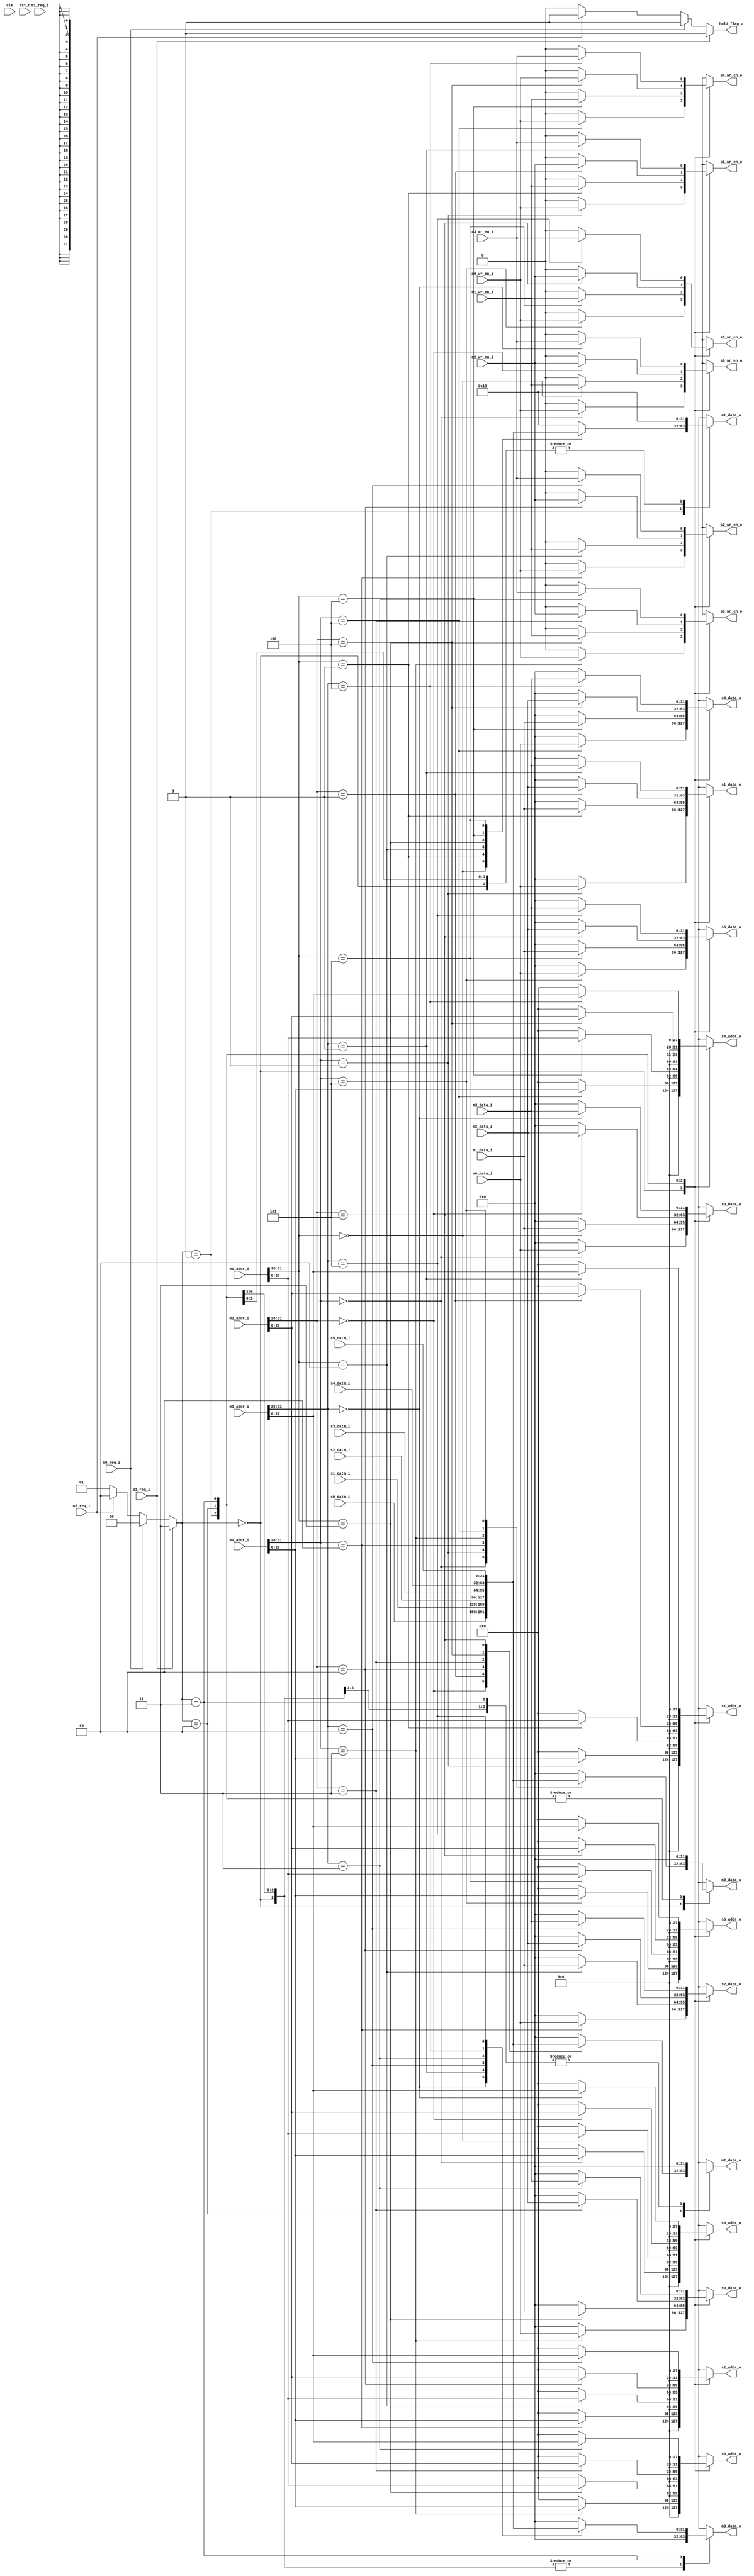
module rib(
input clk,
input rst_n,
input [31:0] m0_addr_i, //rib
input [31:0] m0_data_i,
output reg [31:0] m0_data_o,
input m0_req_i,
input m0_wr_en_i,

input [31:0] m1_addr_i, //pc
input [31:0] m1_data_i,
output reg [31:0] m1_data_o,
input m1_req_i,
input m1_wr_en_i,

input [31:0] m2_addr_i,  //jtag
input [31:0] m2_data_i,
output reg [31:0] m2_data_o,
input m2_req_i,
input m2_wr_en_i,

input [31:0] m3_addr_i,  //uart
input [31:0] m3_data_i,
output reg [31:0] m3_data_o,
input m3_req_i,
input m3_wr_en_i,

output reg [31:0] s0_addr_o, //ROM
output reg [31:0] s0_data_o,
input [31:0] s0_data_i,
output reg s0_wr_en_o,

output reg [31:0] s1_addr_o, //RAM
output reg [31:0] s1_data_o,
input [31:0] s1_data_i,
output reg s1_wr_en_o,

output reg [31:0] s2_addr_o, //timer
output reg [31:0] s2_data_o,
input [31:0] s2_data_i,
output reg s2_wr_en_o,

output reg [31:0] s3_addr_o, //uart
output reg [31:0] s3_data_o,
input [31:0] s3_data_i,
output reg s3_wr_en_o,

output reg [31:0] s4_addr_o, //gpio
output reg [31:0] s4_data_o,
input [31:0] s4_data_i,
output reg s4_wr_en_o,

output reg [31:0] s5_addr_o, //spi
output reg [31:0] s5_data_o,
input [31:0] s5_data_i,
output reg s5_wr_en_o,

output reg hold_flag_o
);

parameter [3:0] slave_0 = 4'b0000;
parameter [3:0] slave_1 = 4'b0001;
parameter [3:0] slave_2 = 4'b0010;
parameter [3:0] slave_3 = 4'b0011;
parameter [3:0] slave_4 = 4'b0100;
parameter [3:0] slave_5 = 4'b0101;

parameter [1:0] grant_0 = 2'b00;
parameter [1:0] grant_1 = 2'b01;
parameter [1:0] grant_2 = 2'b10;
parameter [1:0] grant_3 = 2'b11;
reg [1:0] grant;

always@(*) begin
	if(m3_req_i)begin
		grant = grant_3;
		hold_flag_o = 1;
	end else if(m0_req_i) begin
		grant = grant_0;
		hold_flag_o = 1;
	end else if(m2_req_i) begin
		grant = grant_2;
		hold_flag_o = 1;
	end else begin
		grant = grant_1;
		hold_flag_o = 0;
	end
end

always@(*) begin
	m0_data_o = 0;
	m1_data_o = 32'b10011;
	m2_data_o = 0;
	m3_data_o = 0;
	
	s0_addr_o = 0;
	s1_addr_o = 0;
	s2_addr_o = 0;
	s3_addr_o = 0;
	s4_addr_o = 0;
	s5_addr_o = 0;
	s0_data_o = 0;
	s1_data_o = 0;
	s2_data_o = 0;
	s3_data_o = 0;
	s4_data_o = 0;
	s5_data_o = 0;
	s0_wr_en_o = 0;
	s1_wr_en_o = 0;
	s2_wr_en_o = 0;
	s3_wr_en_o = 0;
	s4_wr_en_o = 0;
	s5_wr_en_o = 0;
	
	case(grant)
		grant_0:begin
			case(m0_addr_i[31:28]) //first four bits to check which slaver
				slave_0:begin
					s0_wr_en_o = m0_wr_en_i;
					s0_addr_o = {{4'b0},{m0_addr_i[27:0]}};
					s0_data_o = m0_data_i;
					m0_data_o = s0_data_i;
				end
				slave_1:begin
					s1_wr_en_o = m0_wr_en_i;
					s1_addr_o = {{4'b0},{m0_addr_i[27:0]}};
					s1_data_o = m0_data_i;
					m0_data_o = s1_data_i;
				end
				slave_2:begin
					s2_wr_en_o = m0_wr_en_i;
					s2_addr_o = {{4'b0},{m0_addr_i[27:0]}};
					s2_data_o = m0_data_i;
					m0_data_o = s2_data_i;
				end
				slave_3:begin
					s3_wr_en_o = m0_wr_en_i;
					s3_addr_o = {{4'b0},{m0_addr_i[27:0]}};
					s3_data_o = m0_data_i;
					m0_data_o = s3_data_i;
				end
				slave_4:begin
					s4_wr_en_o = m0_wr_en_i;
					s4_addr_o = {{4'b0},{m0_addr_i[27:0]}};
					s4_data_o = m0_data_i;
					m0_data_o = s4_data_i;
				end
				slave_5:begin
					s5_wr_en_o = m0_wr_en_i;
					s5_addr_o = {{4'b0},{m0_addr_i[27:0]}};
					s5_data_o = m0_data_i;
					m0_data_o = s5_data_i;
				end
				default:begin
				end
			endcase
		end
		grant_1:begin
			case(m1_addr_i[31:28]) 
				slave_0:begin
					s0_wr_en_o = m1_wr_en_i;
					s0_addr_o = {{4'b0},{m1_addr_i[27:0]}};
					s0_data_o = m1_data_i;
					m1_data_o = s0_data_i;
				end
				slave_1:begin
					s1_wr_en_o = m1_wr_en_i;
					s1_addr_o = {{4'b0},{m1_addr_i[27:0]}};
					s1_data_o = m1_data_i;
					m1_data_o = s1_data_i;
				end
				slave_2:begin
					s2_wr_en_o = m1_wr_en_i;
					s2_addr_o = {{4'b0},{m1_addr_i[27:0]}};
					s2_data_o = m1_data_i;
					m1_data_o = s2_data_i;
				end
				slave_3:begin
					s3_wr_en_o = m1_wr_en_i;
					s3_addr_o = {{4'b0},{m1_addr_i[27:0]}};
					s3_data_o = m1_data_i;
					m1_data_o = s3_data_i;
				end
				slave_4:begin
					s4_wr_en_o = m1_wr_en_i;
					s4_addr_o = {{4'b0},{m1_addr_i[27:0]}};
					s4_data_o = m1_data_i;
					m1_data_o = s4_data_i;
				end
				slave_5:begin
					s5_wr_en_o = m1_wr_en_i;
					s5_addr_o = {{4'b0},{m1_addr_i[27:0]}};
					s5_data_o = m1_data_i;
					m1_data_o = s5_data_i;
				end
				default:begin
				end
			endcase
		end
		grant_2:begin
			case(m2_addr_i[31:28]) 
				slave_0:begin
					s0_wr_en_o = m2_wr_en_i;
					s0_addr_o = {{4'b0},{m2_addr_i[27:0]}};
					s0_data_o = m2_data_i;
					m2_data_o = s0_data_i;
				end
				slave_1:begin
					s1_wr_en_o = m2_wr_en_i;
					s1_addr_o = {{4'b0},{m2_addr_i[27:0]}};
					s1_data_o = m2_data_i;
					m2_data_o = s1_data_i;
				end
				slave_2:begin
					s2_wr_en_o = m2_wr_en_i;
					s2_addr_o = {{4'b0},{m2_addr_i[27:0]}};
					s2_data_o = m2_data_i;
					m2_data_o = s2_data_i;
				end
				slave_3:begin
					s3_wr_en_o = m2_wr_en_i;
					s3_addr_o = {{4'b0},{m2_addr_i[27:0]}};
					s3_data_o = m2_data_i;
					m2_data_o = s3_data_i;
				end
				slave_4:begin
					s4_wr_en_o = m0_wr_en_i;
					s4_addr_o = {{4'b0},{m2_addr_i[27:0]}};
					s4_data_o = m2_data_i;
					m2_data_o = s4_data_i;
				end
				slave_5:begin
					s5_wr_en_o = m2_wr_en_i;
					s5_addr_o = {{4'b0},{m2_addr_i[27:0]}};
					s5_data_o = m2_data_i;
					m2_data_o = s5_data_i;
				end
				default:begin
				end
			endcase
		end
		grant_3:begin
			case(m3_addr_i[31:28]) 
				slave_0:begin
					s0_wr_en_o = m3_wr_en_i;
					s0_addr_o = {{4'b0},{m3_addr_i[27:0]}};
					s0_data_o = m3_data_i;
					m3_data_o = s0_data_i;
				end
				slave_1:begin
					s1_wr_en_o = m3_wr_en_i;
					s1_addr_o = {{4'b0},{m3_addr_i[27:0]}};
					s1_data_o = m3_data_i;
					m3_data_o = s1_data_i;
				end
				slave_2:begin
					s2_wr_en_o = m3_wr_en_i;
					s2_addr_o = {{4'b0},{m3_addr_i[27:0]}};
					s2_data_o = m3_data_i;
					m3_data_o = s2_data_i;
				end
				slave_3:begin
					s3_wr_en_o = m3_wr_en_i;
					s3_addr_o = {{4'b0},{m3_addr_i[27:0]}};
					s3_data_o = m3_data_i;
					m3_data_o = s3_data_i;
				end
				slave_4:begin
					s4_wr_en_o = m3_wr_en_i;
					s4_addr_o = {{4'b0},{m3_addr_i[27:0]}};
					s4_data_o = m3_data_i;
					m3_data_o = s4_data_i;
				end
				slave_5:begin
					s5_wr_en_o = m3_wr_en_i;
					s5_addr_o = {{4'b0},{m3_addr_i[27:0]}};
					s5_data_o = m3_data_i;
					m3_data_o = s5_data_i;
				end
				default:begin
				end
			endcase
		end
		
		default:begin
		end
	endcase
end
endmodule